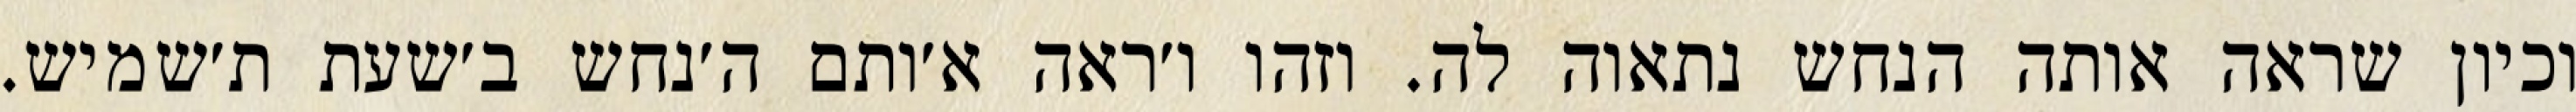
וכיון שראה אותה הנחש נתאוה לה. וזהו ו׳ראה א׳ותם ה׳נחש ב׳שעת ת׳שמיש.